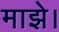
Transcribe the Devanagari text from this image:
माझे।